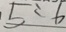
5 : 6